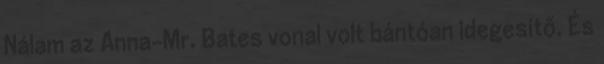
Nálam az Anna-Mr. Bates vonal volt bántóan idegesítő. És